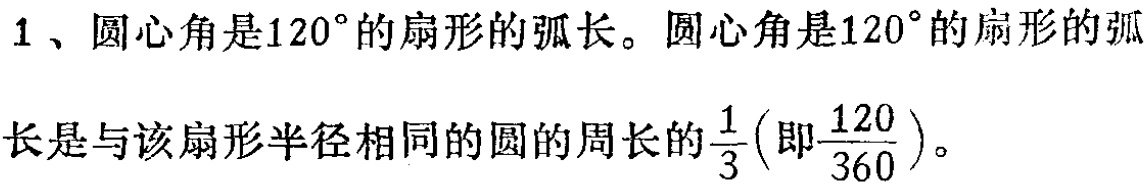
1、圆心角是\(120^{\circ}\)的扇形的弧长。圆心角是\(120^{\circ}\)的扇形的弧长是与该扇形半径相同的圆的周长的\(\frac{1}{3}\)(即\(\frac{120}{360}\))。